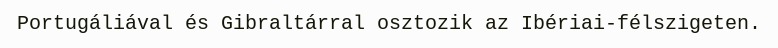
Portugáliával és Gibraltárral osztozik az Ibériai-félszigeten.